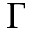
\Gamma